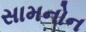
સામનોન